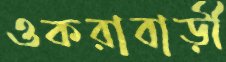
ওকরাবাড়ী